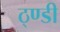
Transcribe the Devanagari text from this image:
ठ्ण्डी